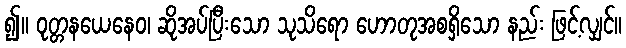
၍။ ဝုတ္တနယေနေဝ၊ ဆိုအပ်ပြီးသော သုသိရော ဟောတုအစရှိသော နည်း ဖြင့်လျှင်။